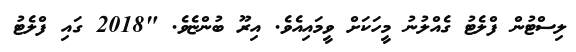
ލިސްޓުން ފްލެޓު ގެއްލުނު މީހަކަށް ވީމައިއެވެ. އިރޫ ބުންޏެވެ. "2018 ގައި ފްލެޓު